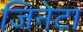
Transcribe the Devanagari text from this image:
जिनेटा